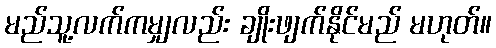
မည်သူ့လက်ကမျှလည်း ချိုးဖျက်နိုင်မည် မဟုတ်။